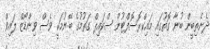
ދެނެތިބީން ބުނާ ގޮތުގައި މައިކްރޮސޮފްޓުން ސްކައިޕް ގަތުމުގެ ބޭނުމަކީ ވެސް ވިންޑޯޒް ލައިވް